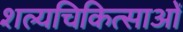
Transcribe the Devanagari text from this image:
शल्यचिकित्साओं